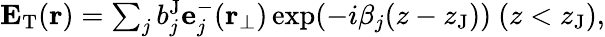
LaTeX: \begin{array}{r}{\mathbf{E}_{\mathrm{T}}(\mathbf{r})=\sum_{j}b_{j}^{\mathrm{J}}\mathbf{e}_{j}^{-}(\mathbf{r}_{\perp})\exp(-i\beta_{j}(z-z_{\mathrm{J}}))\ (z<z_{\mathrm{J}}),}\end{array}